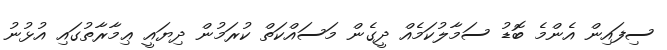
ސިފައިން އެންމެ ބޮޑު ސަމާލުކަމެއް ދީގެން މަސައްކަތް ކުރަމުން ދިޔައީ ޢިމާރާތުގައި އުޅުނު